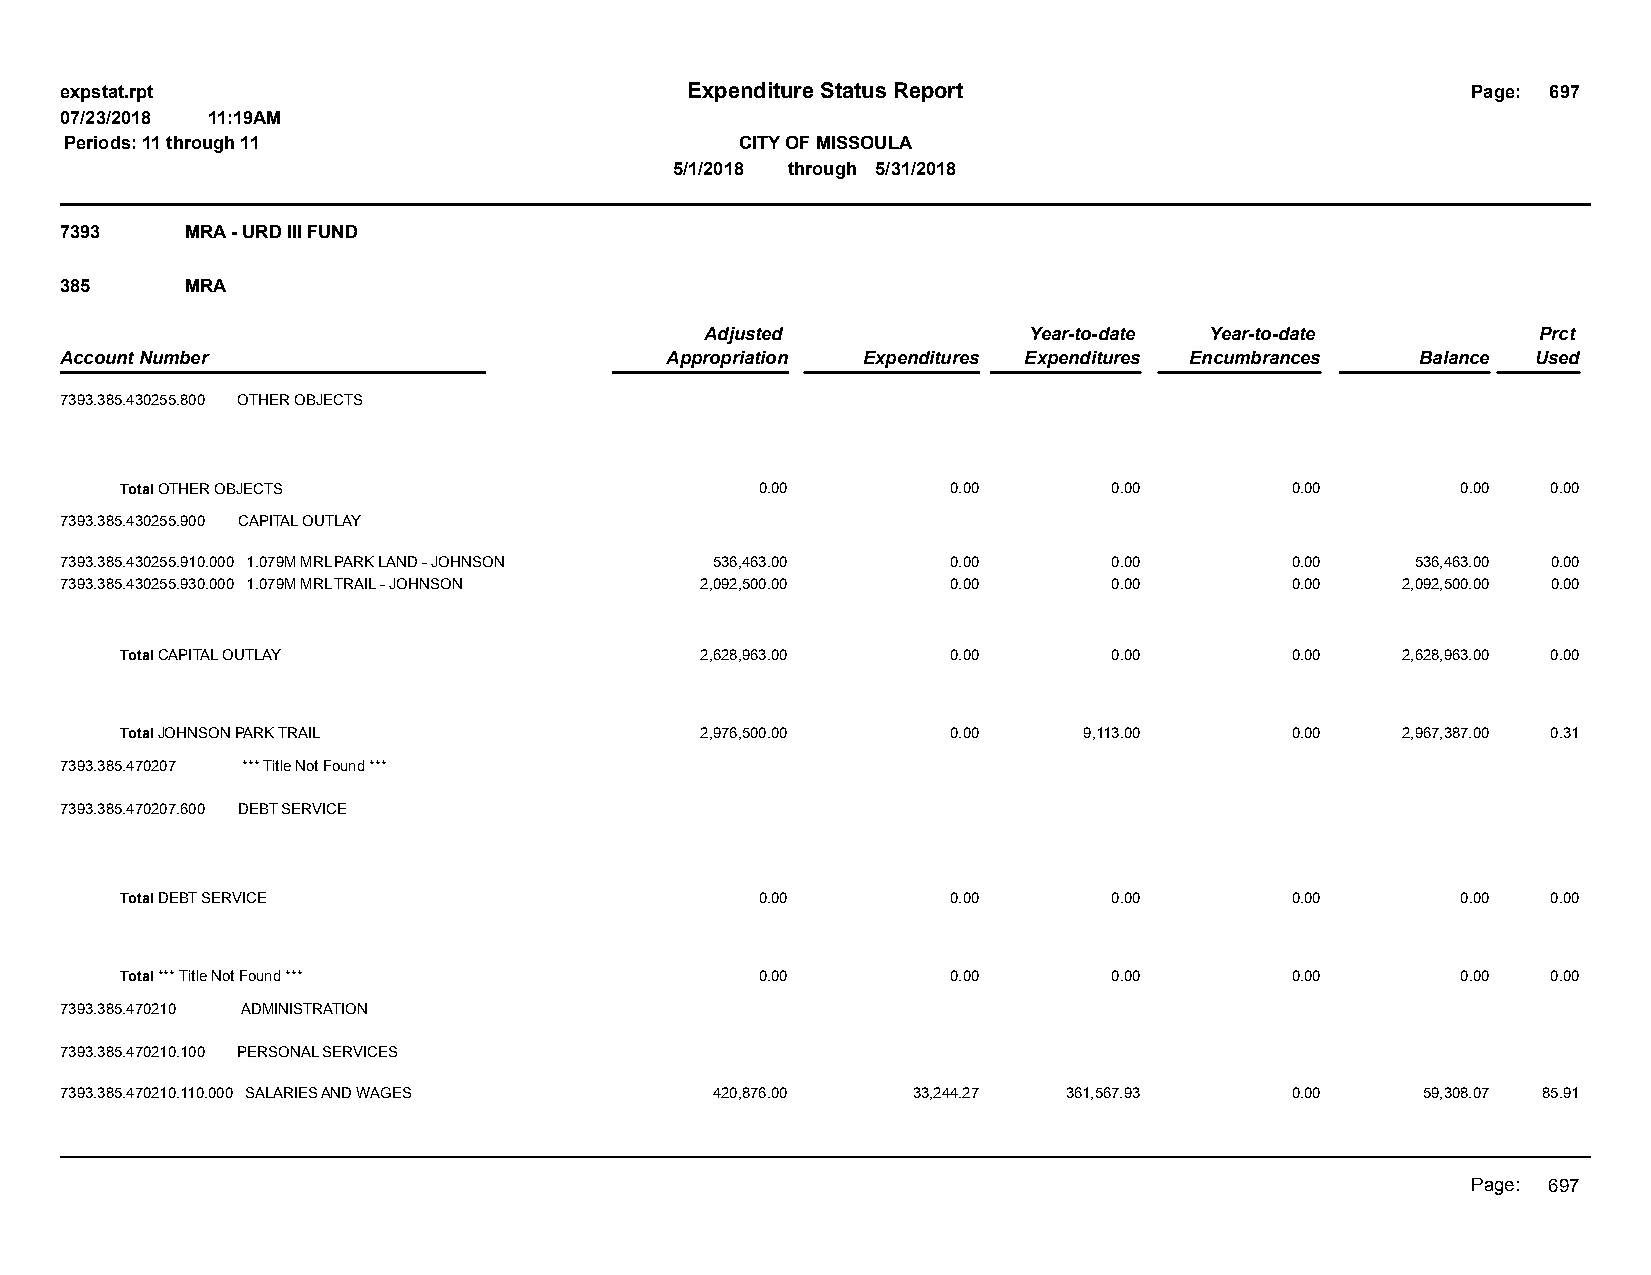
expstat.rpt                              Expenditure Status Report                           Page: 697
 07/23/2018 11:19AM
 Periods: 11 through 11                       CITY OF MISSOULA
 5/1/2018 through 5/31/2018
 7393    MRA - URD III FUND
 385     MRA
 Adjusted             Year-to-date Year-to-date         Prct
 Account Number                          Appropriation Expenditures Expenditures Encumbrances Balance Used
 7393.385.430255.800 OTHER OBJECTS
 Total OTHER OBJECTS                       0.00         0.00       0.00       0.00        0.00  0.00
 7393.385.430255.900 CAPITAL OUTLAY
 7393.385.430255.910.000 1.079M MRL PARK LAND - JOHNSON 536,463.00 0.00 0.00      0.00     536,463.00 0.00
 7393.385.430255.930.000 1.079M MRL TRAIL - JOHNSON 2,092,500.00 0.00  0.00       0.00    2,092,500.00 0.00
 Total CAPITAL OUTLAY                  2,628,963.00     0.00       0.00       0.00    2,628,963.00 0.00
 Total JOHNSON PARK TRAIL              2,976,500.00     0.00     9,113.00     0.00    2,967,387.00 0.31
 7393.385.470207 *** Title Not Found ***
 7393.385.470207.600 DEBT SERVICE
 Total DEBT SERVICE                        0.00         0.00       0.00       0.00        0.00  0.00
 Total *** Title Not Found ***             0.00         0.00       0.00       0.00        0.00  0.00
 7393.385.470210 ADMINISTRATION
 7393.385.470210.100 PERSONAL SERVICES
 7393.385.470210.110.000 SALARIES AND WAGES 420,876.00   33,244.27  361,567.93    0.00     59,308.07 85.91
 Page: 697